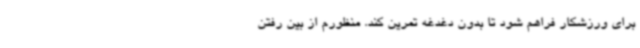
برای ورزشکار فراهم شود تا بدون دغدغه تمرین کند. منظورم از بین رفتن